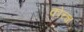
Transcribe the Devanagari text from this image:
कोच्चा